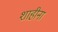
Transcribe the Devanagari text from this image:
शाहीना